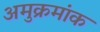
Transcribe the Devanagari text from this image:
अमुक्रमांक